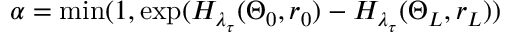
\alpha = \mathrm { m i n } ( 1 , \mathrm { e x p } ( H _ { \lambda _ { \tau } } ( \Theta _ { 0 } , r _ { 0 } ) - H _ { \lambda _ { \tau } } ( \Theta _ { L } , r _ { L } ) )